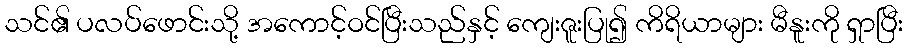
သင်၏ ပလပ်ဖောင်းသို့ အကောင့်ဝင်ပြီးသည်နှင့် ကျေးဇူးပြု၍ ကိရိယာများ မီနူးကို ရှာပြီး